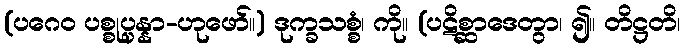
(ပဂေဝ ပစ္စုပ္ပန္နာ-ဟုဖော်။) ဒုက္ခသစ္စံ၊ ကို။ (ပဋိစ္ဆာဒေတွာ၊ ၍။ တိဋ္ဌတိ၊